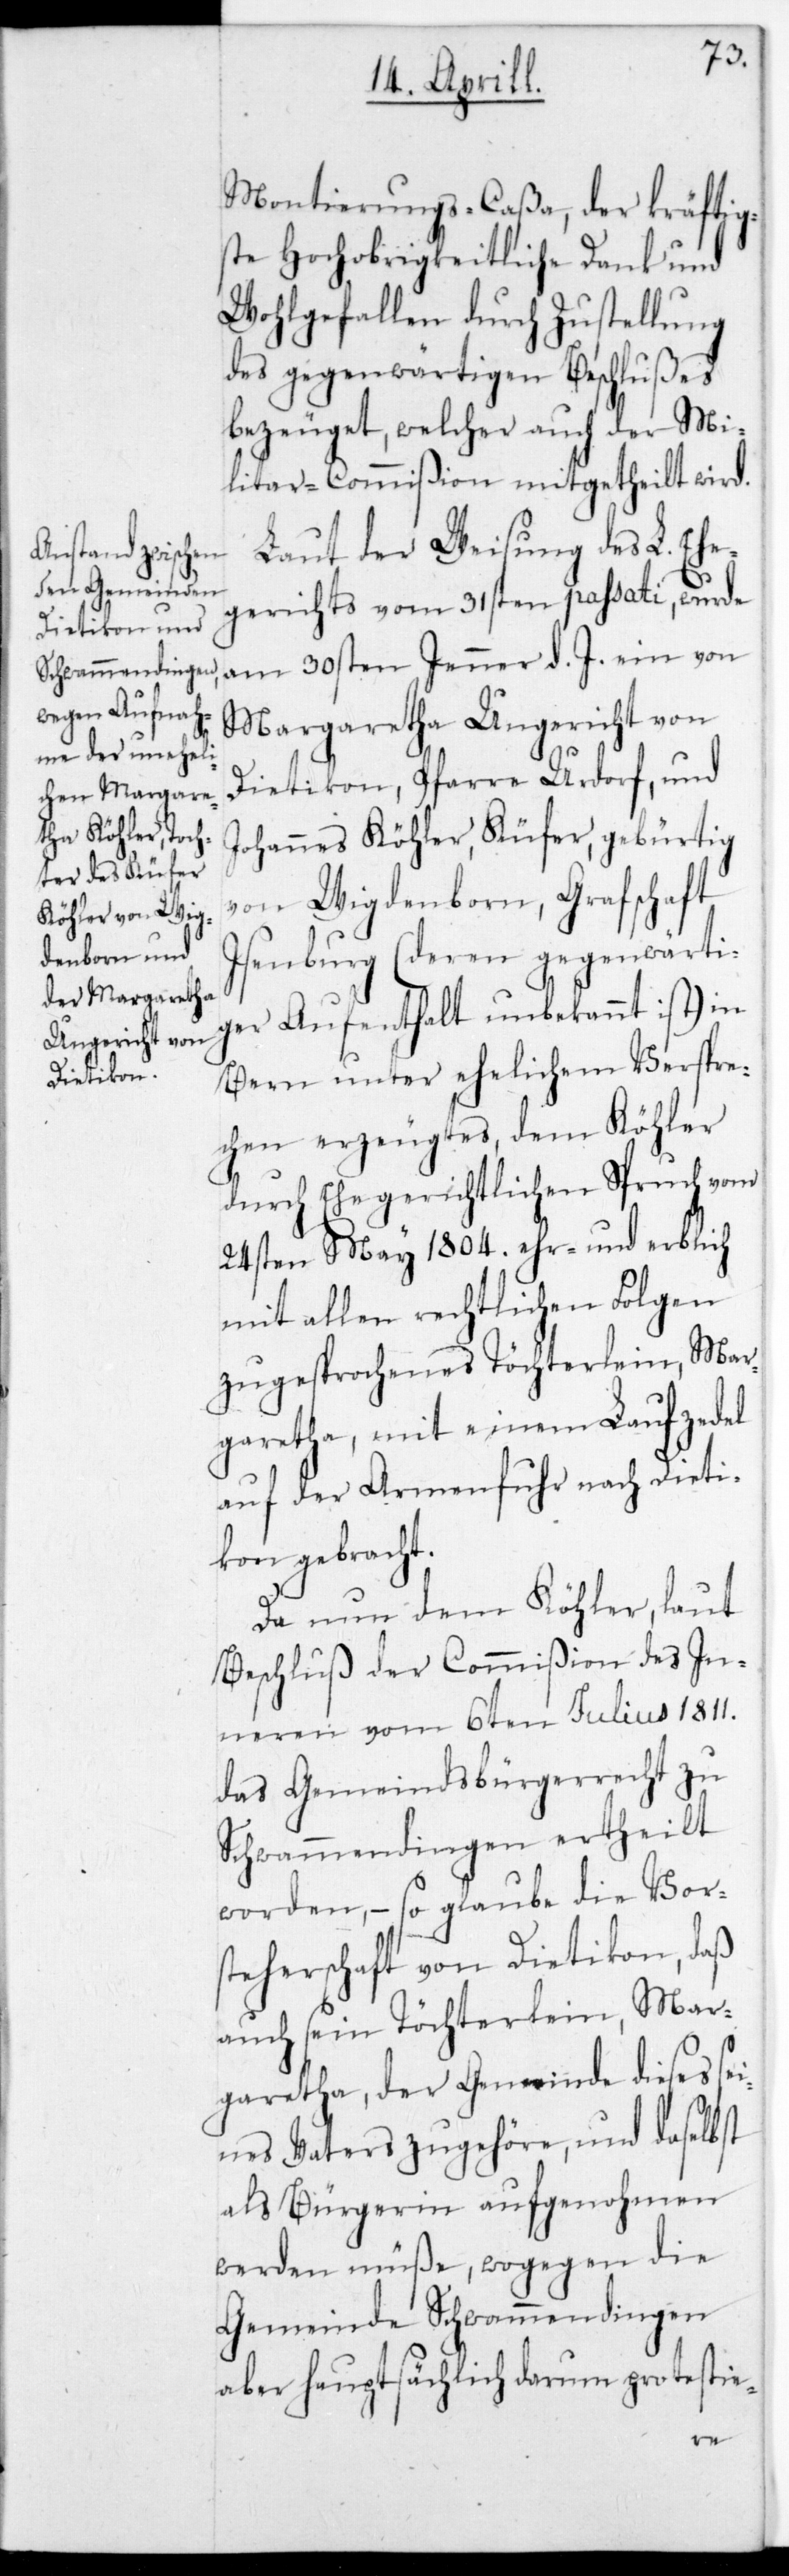
Montierungs-Caßa, der kräftig¬
ste Hochobrigkeitliche Dank und
Wohlgefallen durch Zustellung
des gegenwärtigen Beschlußes
bezeuget, welcher auch der Mi¬
litar-Commißion mitgetheilt wird.
Laut der Weisung des L. Ehe¬
gerichts vom 31sten passati wurde
am 30sten Jenner d. J. ein von
Margaretha Ungericht von
Dietikon, Pfarre Urdorf, und
Johannes Köhler, Küfer, gebürtig
von Wigdenborn, Grafschaft
Isenburg (deren gegenwärti¬
ger Aufenthalt unbekannt ist) in
Bern unter ehelichem Verspre¬
chen erzeugtes, dem Köhler
durch Ehegerichtlichen Spruch vom
24sten May 1804. ehr- und erblich
mit allen rechtlichen Folgen
zugesprochenes Töchterlein, Mar¬
garetha, mit einem Laufzedel
auf der Armenfuhr nach Dieti¬
kon gebracht.
Da nun dem Köhler, laut
Beschluß der Commißion des In¬
neren vom 6ten Julius 1811.
das Gemeindsbürgerrecht zu
Schwammendingen ertheilt
worden, – so glaube die Vor¬
steherschaft von Dietikon, daß
auch sein Töchterlein, Mar¬
garetha, der Gemeinde dieses se¬
ines Vaters zugehöre, und daselbst
als Bürgerin aufgenohmen
werden müße, wogegen die
Gemeinde Schwammendingen
aber hauptsächlich darum protestie-